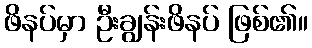
ဖိနပ်မှာ ဦးချွန်းဖိနပ် ဖြစ်၏။